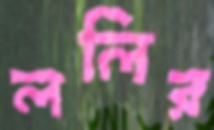
ললির